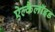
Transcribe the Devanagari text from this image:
ऐल्कैलॉइड